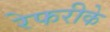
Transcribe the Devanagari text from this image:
रेफरीके